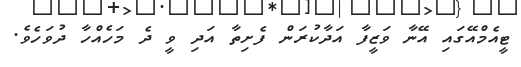
ޓީއެމްއޭގައި އޭނާ ވަޒީފާ އަދާކުރަން ފެށިތާ އަދި ވީ ދެ މަހެއްހާ ދުވަހެވެ.